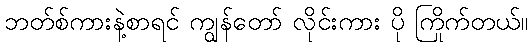
ဘတ်စ်ကားနဲ့စာရင် ကျွန်တော် လိုင်းကား ပို ကြိုက်တယ်။